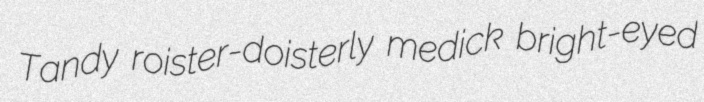
Tandy roister-doisterly medick bright-eyed